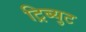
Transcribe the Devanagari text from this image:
ट्रिब्युट